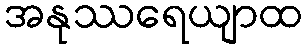
အနုဿရေယျာထ